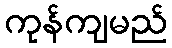
ကုန်ကျမည်